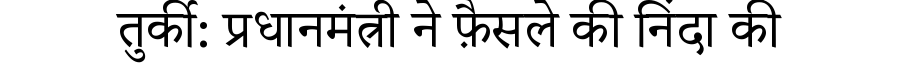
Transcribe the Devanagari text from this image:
तुर्की: प्रधानमंत्री ने फ़ैसले की निंदा की